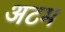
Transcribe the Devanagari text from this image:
अटम